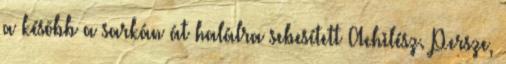
a késõbb a sarkán át halálra sebesített Achilész. Persze,